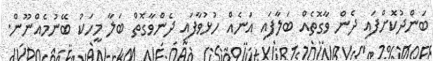
ބަންދުކޮށްފައި ދެން ވާގޮތެއް ބަލާފައި އަނެއް ހުޅުވާފައި ދެންވާގޮތް ބަލާ މީހަކު ބޭނުމެއްނޫން.